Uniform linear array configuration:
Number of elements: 48
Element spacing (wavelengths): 0.5
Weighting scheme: binomial
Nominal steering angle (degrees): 0
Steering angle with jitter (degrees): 1.159
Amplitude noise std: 0.05
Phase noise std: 0.05

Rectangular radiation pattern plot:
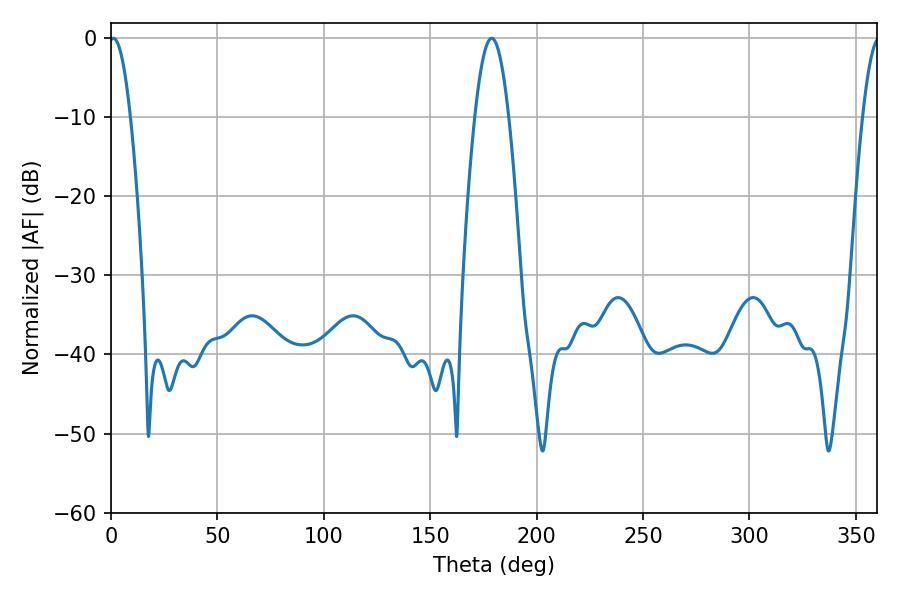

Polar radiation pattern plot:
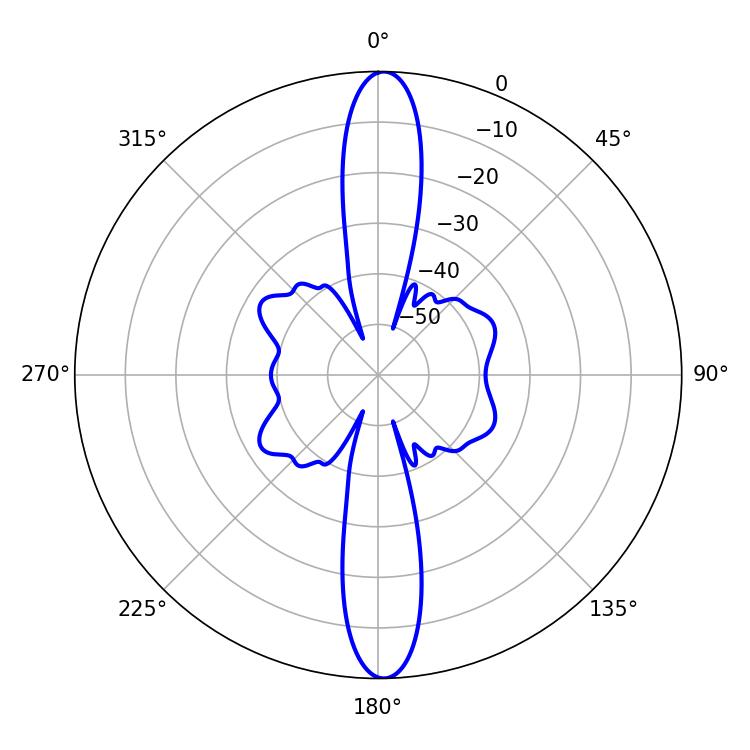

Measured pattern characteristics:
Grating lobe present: FALSE
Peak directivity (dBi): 25.032
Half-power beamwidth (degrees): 5.4
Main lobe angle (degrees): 1.08